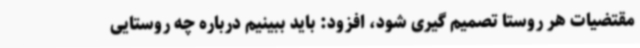
مقتضیات هر روستا تصمیم گیری شود، افزود: باید ببینیم درباره چه روستایی